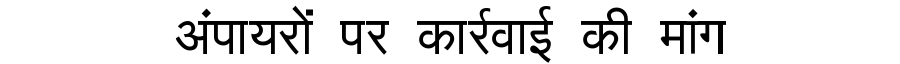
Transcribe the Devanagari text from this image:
अंपायरों पर कार्रवाई की मांग